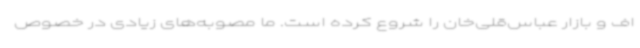
اف و بازار عباس‌قلی‌خان را شروع کرده است. ما مصوبه‌های زیادی در خصوص